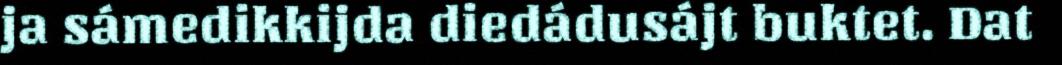
ja sámedikkijda diedádusájt buktet. Dat